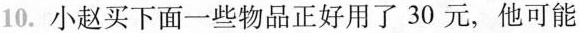
10. 小赵买下面一些物品正好用了30元，他可能